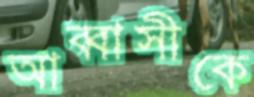
আব্বাসীকে